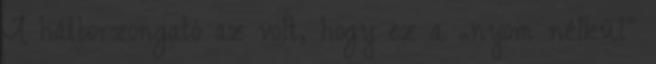
A hátborzongató az volt, hogy ez a „nyom nélkül”